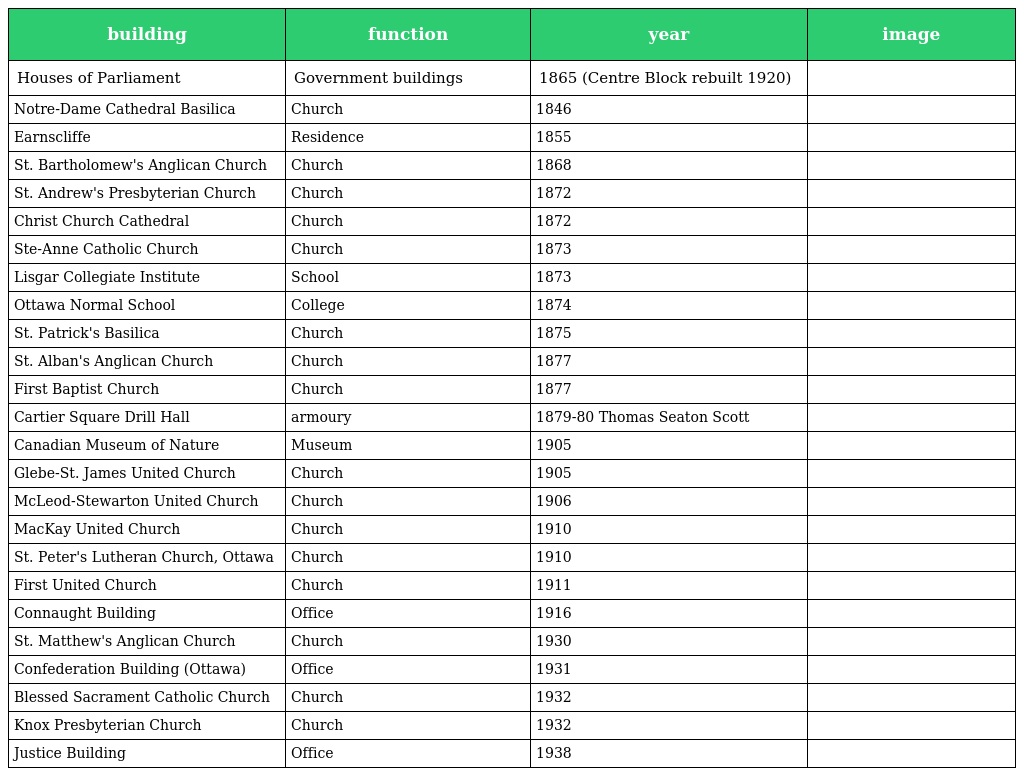
| building | function | year | image |
 | --- | --- | --- | --- |
 | Houses of Parliament | Government buildings | 1865 (Centre Block rebuilt 1920) |  |
 | Notre-Dame Cathedral Basilica | Church | 1846 |  |
 | Earnscliffe | Residence | 1855 |  |
 | St. Bartholomew's Anglican Church | Church | 1868 |  |
 | St. Andrew's Presbyterian Church | Church | 1872 |  |
 | Christ Church Cathedral | Church | 1872 |  |
 | Ste-Anne Catholic Church | Church | 1873 |  |
 | Lisgar Collegiate Institute | School | 1873 |  |
 | Ottawa Normal School | College | 1874 |  |
 | St. Patrick's Basilica | Church | 1875 |  |
 | St. Alban's Anglican Church | Church | 1877 |  |
 | First Baptist Church | Church | 1877 |  |
 | Cartier Square Drill Hall | armoury | 1879-80 Thomas Seaton Scott |  |
 | Canadian Museum of Nature | Museum | 1905 |  |
 | Glebe-St. James United Church | Church | 1905 |  |
 | McLeod-Stewarton United Church | Church | 1906 |  |
 | MacKay United Church | Church | 1910 |  |
 | St. Peter's Lutheran Church, Ottawa | Church | 1910 |  |
 | First United Church | Church | 1911 |  |
 | Connaught Building | Office | 1916 |  |
 | St. Matthew's Anglican Church | Church | 1930 |  |
 | Confederation Building (Ottawa) | Office | 1931 |  |
 | Blessed Sacrament Catholic Church | Church | 1932 |  |
 | Knox Presbyterian Church | Church | 1932 |  |
 | Justice Building | Office | 1938 |  |